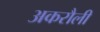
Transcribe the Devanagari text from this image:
अकरौली